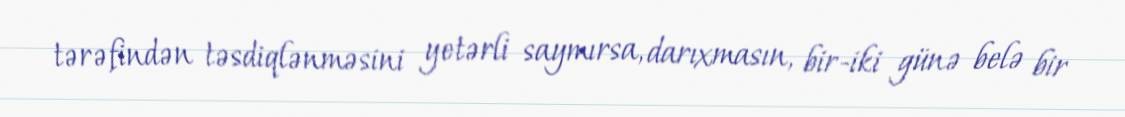
tərəfindən təsdiqlənməsini yetərli saymırsa, darıxmasın, bir-iki günə belə bir